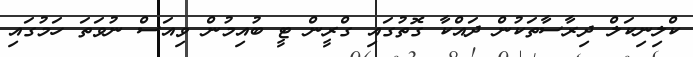
ކްލިނިކަލް ދިރާސާތަކުން ދައްކާ ގޮތުގައި ގްރީން ޓީ ބުއިމުން ވިއަސް ނުވަތަ ހަމުގައި